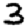
Digit: 3